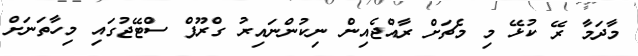
މާދަމާ ރޭ ކުޅޭ މި މެޗަށް ރާއްޖެއިން ނިކުންނައިރު ގްރޫޕް ސްޓޭޖުގައި މިހާތަނަށް